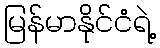
မြန်မာနိုင်ငံရဲ့